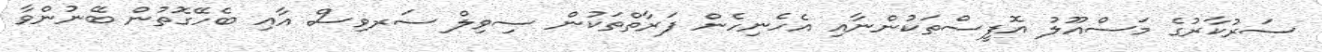
ސަރުކާރުގެ މަސްއޫލު އޮފީސްތަކުންނާއި އެހެނިހެން ފަރާތްތަކުން ސިވިލް ސަރވިސް އާއި ބެހޭގޮތުން ބޭނުންވާ